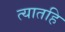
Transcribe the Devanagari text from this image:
त्यातहि